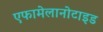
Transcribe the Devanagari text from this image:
एफामेलानोटाइड